Bulletin of the Pasteur Institute of Southern India, Coonoor - No. 2.
Year: 1909
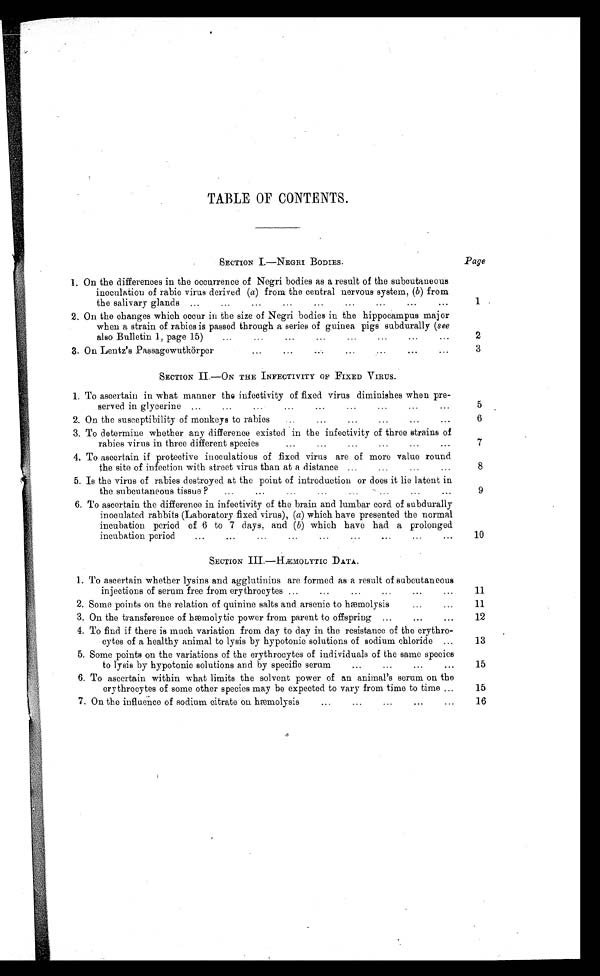
TABLE OF CONTENTS.
SECTION I.-NEGRI BODIES.
Page
1. On the differences in the occurrence of Negri bodies as a result of the subcutaneous
2.
inoculation of rabic virus derived (a) from the central nervous system, (b) from
1
...
the salivary glands
2. On the ohanges which occur in the size of Negri bodies in the hippocampus major
when a strain of rabies is passed through a series of guinea pigs subdurally (see
also Bulletin 1, page 15 )
2
2 ... ... ... ... 2
3. On Lentz' s Passagewutkörper
SECTION II.—ON THE INFECTIVITY OF FIXED VIRUS.
1. To ascertain in what manner the infectivity of fixed virus diminishes when pre-
...
...
...
...
served in glycerine ...
...
...
...
...
5
2. On the susceptibility of monkeys to rabies
...
...
• • •
• • •
• • •
• •
6
To determine whether any difference existed in the infectivity of three strains of
rabies virus in three different species...
...
...
...
...
7
...
3. To ascertain if protective inoculations of fixed virus are of more value round
the site of infection with street virus than at a distance...
...
...
...
4. Is the virus of rabies destroyed at the point of introduction or does it lie latent in
...
...
...
the subcutaneous tissue ?
...
...
...
...
...
9
5. To ascertain the difference in infectivity of the brain and lumbar cord of subdurally
inoculated rabbits (Laboratory fixed virus), (a) which have presented the normal
incubation period of 6 to 7 days, and (b) which have had a prolonged
...
...
incubation period
...
...
...
...
...
...
...
10
SECTION III.—HÆMOLYTIC DATA.
1. To ascertain whether lysins and agglutinins are formed as a result of subcutaneous
...
injections of serum free from erythrocytes ... ... • • • • • • • ••
11
2. Some points on the relation of quinine salts and arsenic to hæmolysis
• • •
1 1 1
On the transference of hæmolytic power from parent to offspring ...
...
...
12
To find if there is much variation from day to day in the resistance of the erythro-
cytes of a healthy animal to lysis by hypotonic solutions of sodium chloride ...
13
Some points on the variations of the erythrocytes of individuals of the same species
to lysis by hypotonic solutions and by specific serum
...
...
...
•••
1 4
To ascertain within what limits the solvent power of an animal's serum on the
erythrocytes of some other species may be expected to vary from time to time ...
. . .
15
...
6. On the influence of sodium citrate on hæmolysis
...
...
...
16